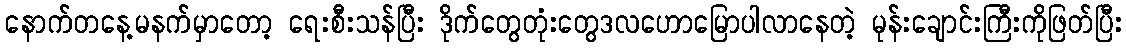
နောက်တနေ့မနက်မှာတော့ ရေးစီးသန်ပြီး ဒိုက်တွေတုံးတွေဒလဟောမြောပါလာနေတဲ့ မုန်းချောင်းကြီးကိုဖြတ်ပြီး